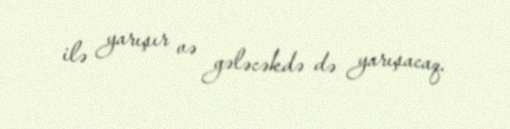
ilə yarışır və gələcəkdə də yarışacaq.